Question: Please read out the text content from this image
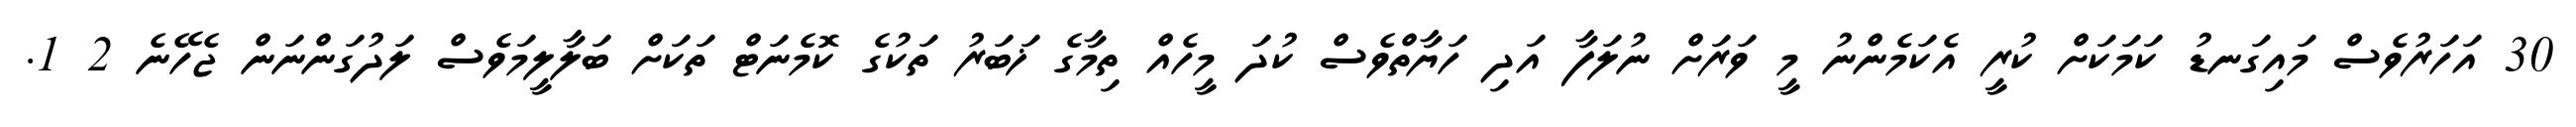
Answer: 30 އަހަރުވެސް މައިގަނޑު ކަމަކަށް ކުރީ އެކަމެންނު މީ ވަރަށް ނުލަފާ އަދި ހަޔާތްވެސް ކުދަ މީހެއް ތިމާގެ ޚަބަރު ތަކުގެ ކޮމެނަޓް ތަކަށް ބަލާލީމަވެސް ލަދުގަންނަން ޖެހޭނެ 2 1.